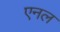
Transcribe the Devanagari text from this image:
एनल